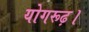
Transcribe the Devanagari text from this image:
योगरूढ़।